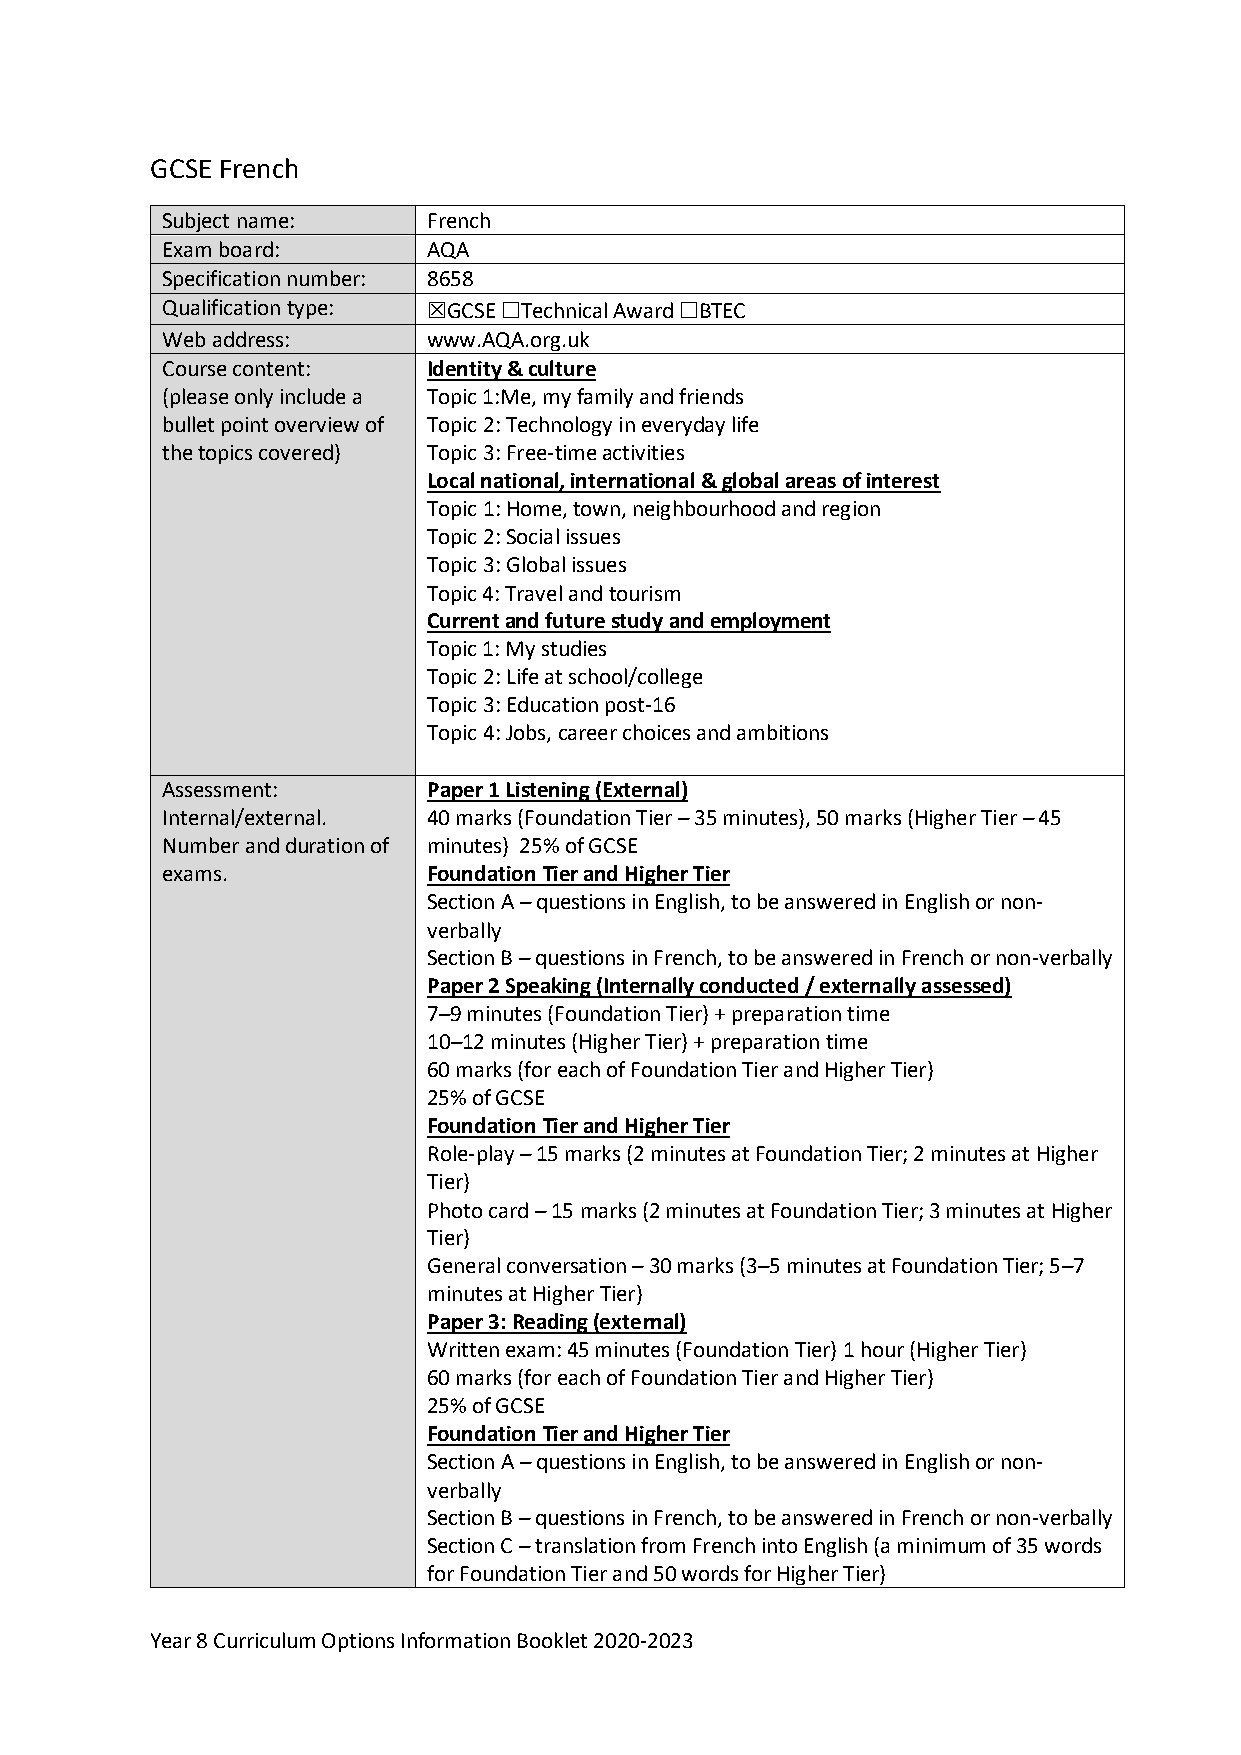
GCSE French
 Subject name:    French
 Exam board:      AQA
 Specification number: 8658
 Qualification type: ☒GCSE ☐Technical Award ☐BTEC
 Web address:     www.AQA.org.uk
 Course content:  Identity & culture
 (please only include a Topic 1:Me, my family and friends
 bullet point overview of Topic 2: Technology in everyday life
 the topics covered) Topic 3: Free-time activities
 Local national, international & global areas of interest
 Topic 1: Home, town, neighbourhood and region
 Topic 2: Social issues
 Topic 3: Global issues
 Topic 4: Travel and tourism
 Current and future study and employment
 Topic 1: My studies
 Topic 2: Life at school/college
 Topic 3: Education post-16
 Topic 4: Jobs, career choices and ambitions
 Assessment:      Paper 1 Listening (External)
 Internal/external. 40 marks (Foundation Tier – 35 minutes), 50 marks (Higher Tier – 45
 Number and duration of minutes) 25% of GCSE
 exams.           Foundation Tier and Higher Tier
 Section A – questions in English, to be answered in English or non-
 verbally
 Section B – questions in French, to be answered in French or non-verbally
 Paper 2 Speaking (Internally conducted / externally assessed)
 7–9 minutes (Foundation Tier) + preparation time
 10–12 minutes (Higher Tier) + preparation time
 60 marks (for each of Foundation Tier and Higher Tier)
 25% of GCSE
 Foundation Tier and Higher Tier
 Role-play – 15 marks (2 minutes at Foundation Tier; 2 minutes at Higher
 Tier)
 Photo card – 15 marks (2 minutes at Foundation Tier; 3 minutes at Higher
 Tier)
 General conversation – 30 marks (3–5 minutes at Foundation Tier; 5–7
 minutes at Higher Tier)
 Paper 3: Reading (external)
 Written exam: 45 minutes (Foundation Tier) 1 hour (Higher Tier)
 60 marks (for each of Foundation Tier and Higher Tier)
 25% of GCSE
 Foundation Tier and Higher Tier
 Section A – questions in English, to be answered in English or non-
 verbally
 Section B – questions in French, to be answered in French or non-verbally
 Section C – translation from French into English (a minimum of 35 words
 for Foundation Tier and 50 words for Higher Tier)
 Year 8 Curriculum Options Information Booklet 2020-2023